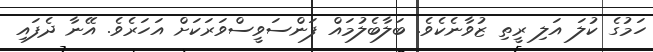
ހަމުގެ ކުލަ އަލި ރީތި ޒުވާނެކެވެ. ބަލާބެލުމައް ފަންސަވީސްވަރަކަށް އަހަރެވެ. އޭނާ ދެފައި